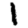
Digit: 1